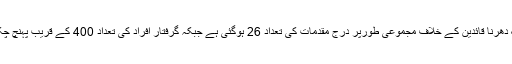
اب تک دھرنا قائدین کے خلاف مجموعی طورپر درج مقدمات کی تعداد 26 ہوگئی ہے جبکہ گرفتار افراد کی تعداد 400 کے قریب پہنچ چکی ہے۔